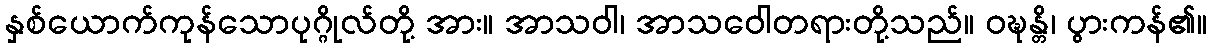
နှစ်ယောက်ကုန်သောပုဂ္ဂိုလ်တို့ အား။ အာသဝါ၊ အာသဝေါတရားတို့သည်။ ဝဍ္ဎန္တိ၊ ပွားကန်၏။